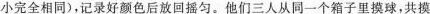
小完全相同)。记录好颜色后放回摇匀。他们三人从同一个箱子里摸球，共摸